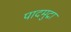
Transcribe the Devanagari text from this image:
पादमुद्रा